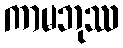
ကာမဘုဿ